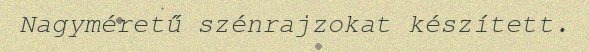
Nagyméretű szénrajzokat készített.